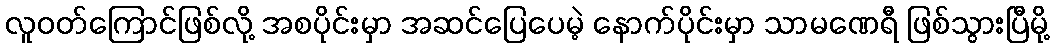
လူဝတ်ကြောင်ဖြစ်လို့ အစပိုင်းမှာ အဆင်ပြေပေမဲ့ နောက်ပိုင်းမှာ သာမဏေရီ ဖြစ်သွားပြီမို့